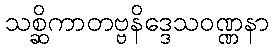
သစ္ဆိကာတဗ္ဗနိဒ္ဒေသဝဏ္ဏနာ